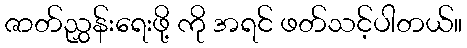
ဇာတ်ညွှန်းရေးဖို့ ကို အရင် ဖတ်သင့်ပါတယ်။